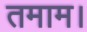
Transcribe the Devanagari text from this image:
तमाम।